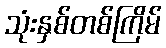
သုံးနှစ်တစ်ကြိမ်